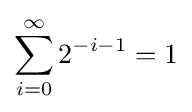
\sum _{i=0}^{\infty }2^{-i-1}=1